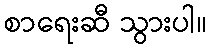
စာရေးဆီ သွားပါ။